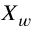
X _ { w }